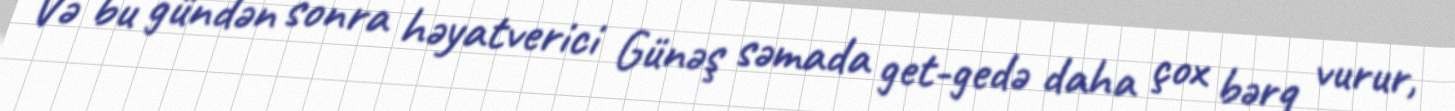
Və bu gündən sonra həyatverici Günəş səmada get-gedə daha çox bərq vurur,